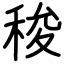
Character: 稄